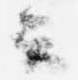
云